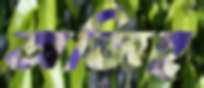
অজিহ